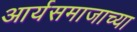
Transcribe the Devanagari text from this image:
आर्यसमाजाच्या